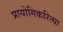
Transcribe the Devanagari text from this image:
प्रायोगिकरित्या